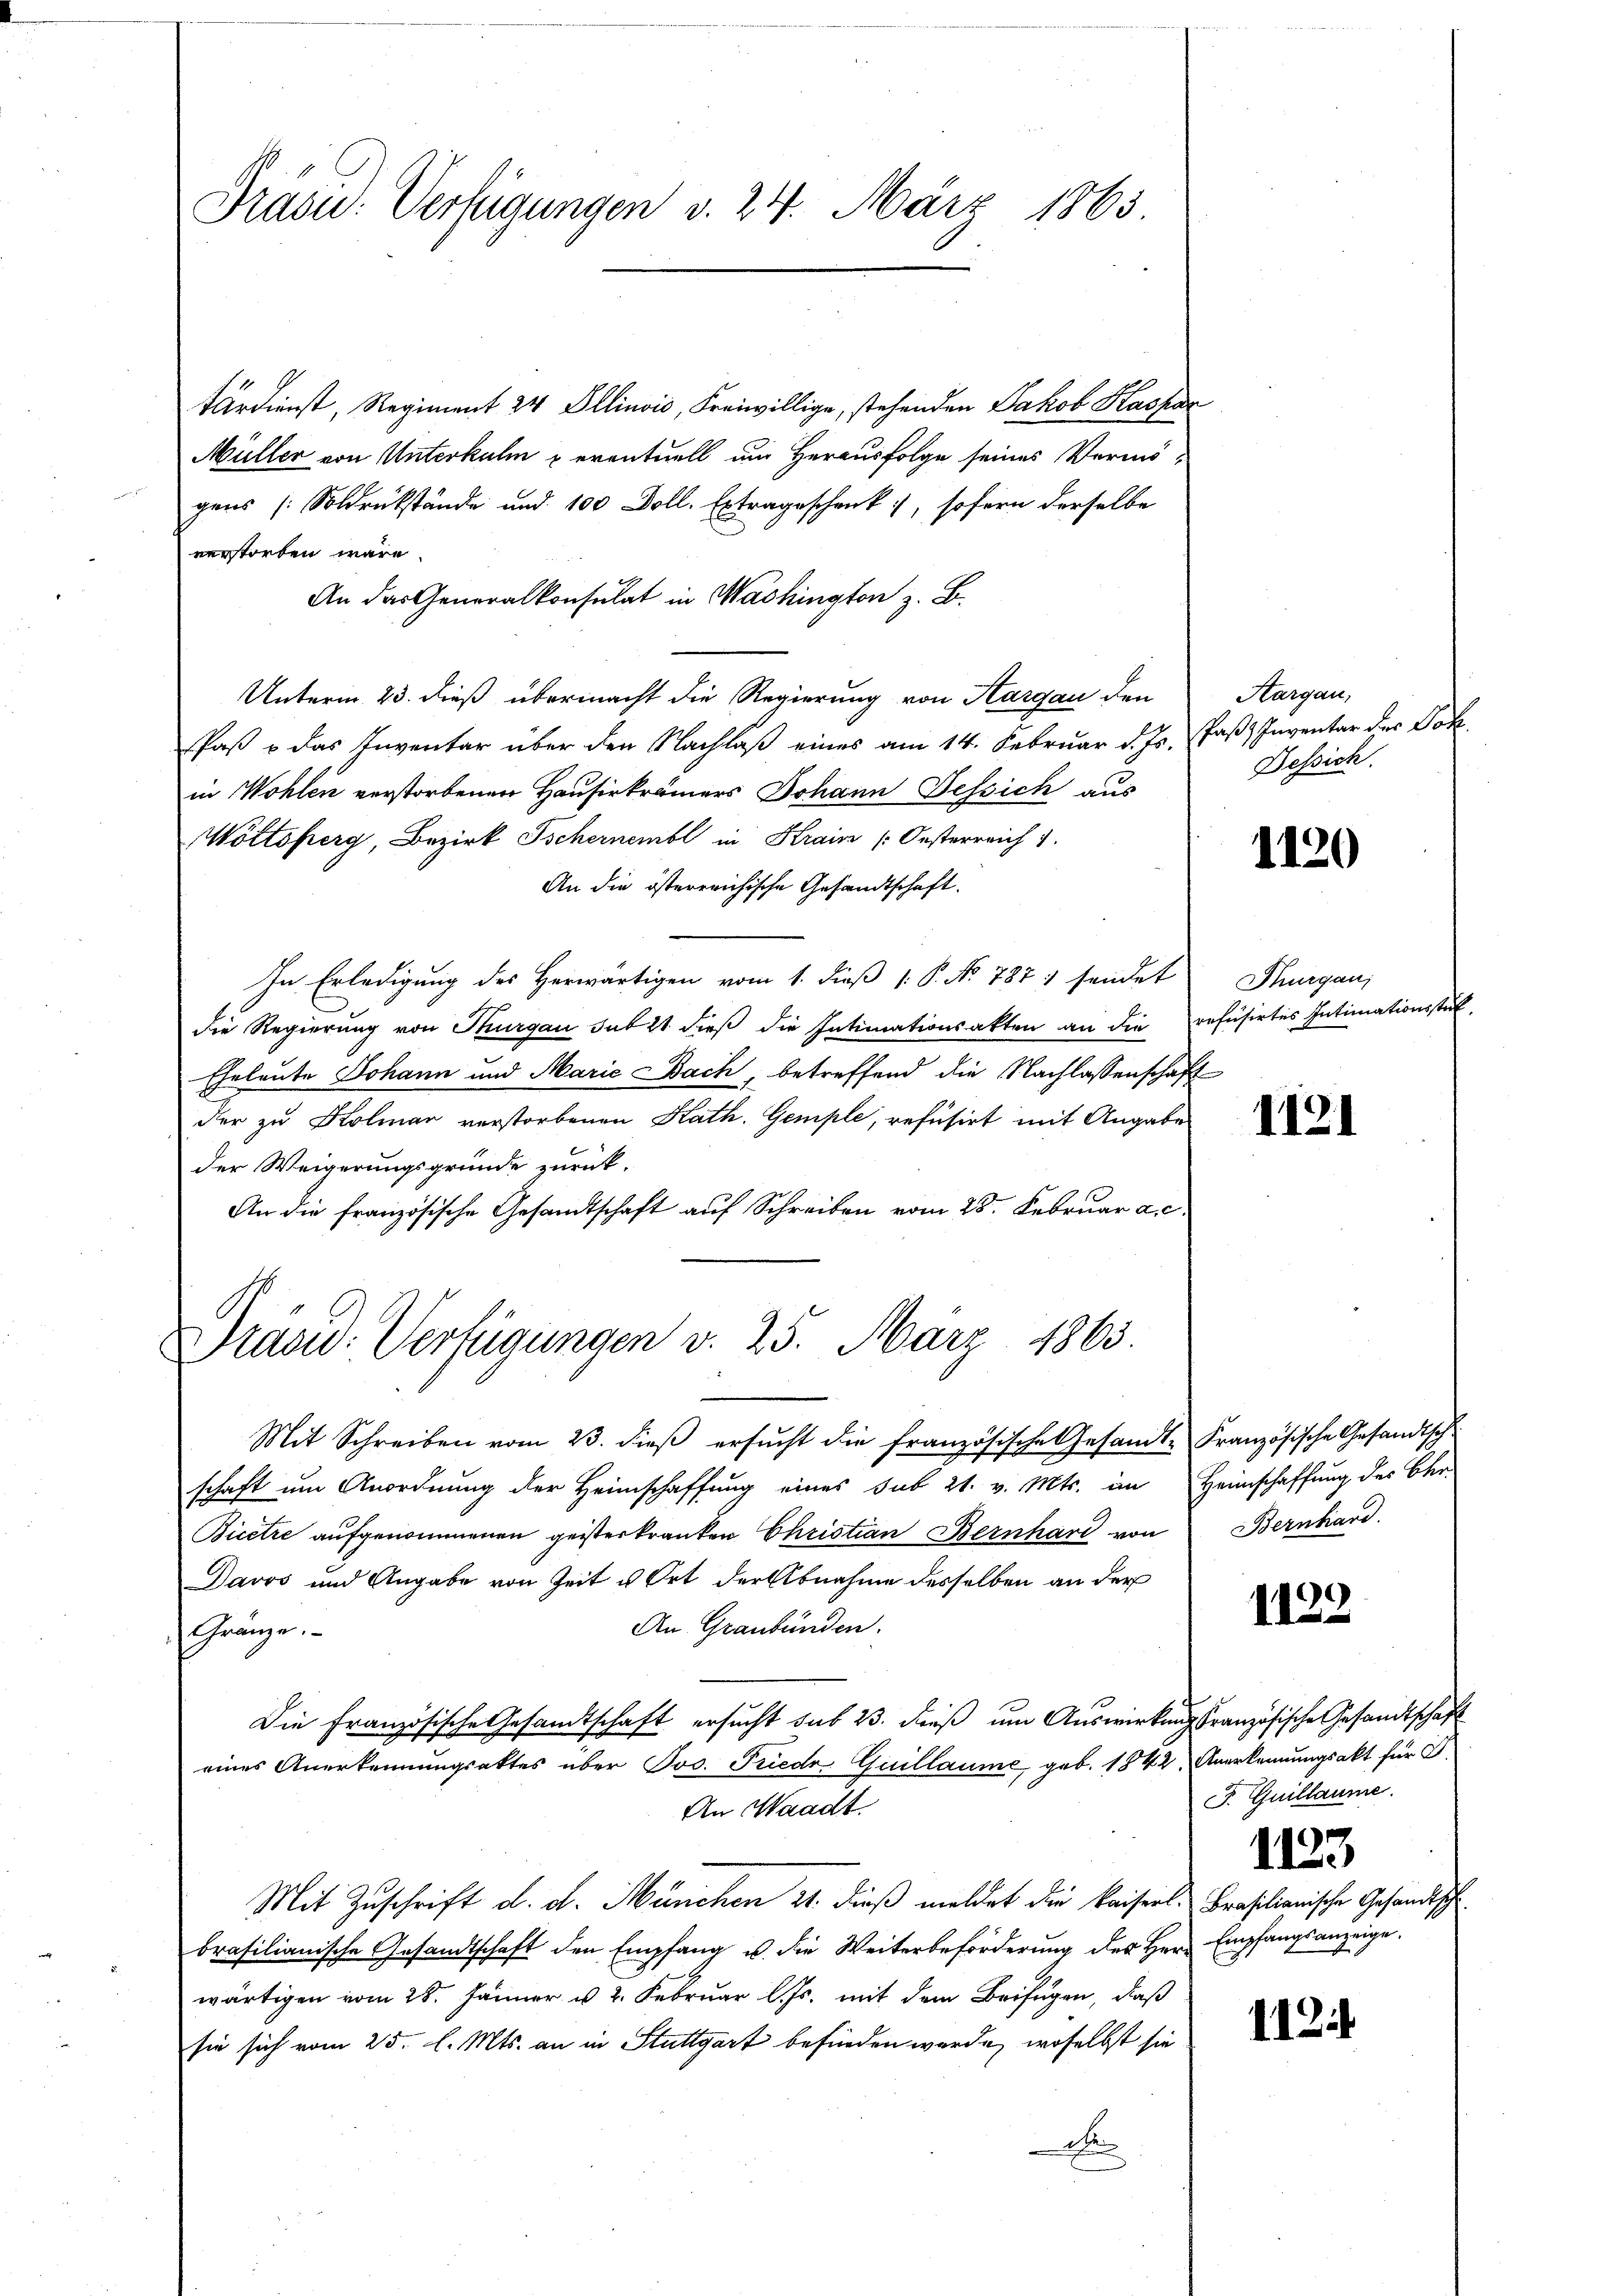
Präsid. Verfügungen d. 24. März 1865.

tärdienst, Regiment 24 Ellinvić, Freiwillige, stehenden Jakob Kaspar
Müller von Unterkulm p eventuell um Herausfolge seines Vermö-
gens (: Soldrükstände und 100 Doll. Extrageschenk, sofern derselbe
verstorben wäre.
An das Generalkonsulat in Washington z. B.
Unterm 23. dieß übermacht die Regierung von Aargau den
Paß & das Inventar über den Nachlaß eines am 14. Februar d. Js. Faß) Inventar des Dokin Wohlen verstorbenen Hauserkrämers Johann Tessich aus
Wöttsperg, Bezirk Tschernembl in Krain /: Oesterreich
An die österreichische Gesandtschaft.
In Erledigung des Herwärtigen vom 1. dieß 1: P. No 787 : sendet
die Regierung von Thurgau sub 2t dieß die Intimationsakten an die refusirtes Intimationsstük
Eheleute Johann und Marie Bach, betreffend die Nachlassenschaft
der zu Kolmar verstorbenen Kath. Gemple, refüsirt mit Angabe
der Weigerungsgründe zurück.
An die französische Gesandtschaft auf Schreiben vom 28. Februar a. c.
Präsid. Verfügungen v. 25. März 1863.
Mit Schreiben vom 23. dieβ ersŭcht die französische Gesandte Französische Gesandtsch
schaft um Anordnung der Heimschaffung eines sub 21. v. Mts. im Heimschaffung des Ober-
Bicêtre aufgenommenen geisterkranken Christian Bernhard von
Davos und Angabe von Zeit u Ort der Abnahme desselben an der
An Graubünden.
Gränze.
Die Französische Gesandtschaft ersucht sub 23. dieß um Auswirkungsranzösische Gesandtschaft
eines Anerkennungsaktes über Jos. Friedr. Guillaume, geb. 1842 Anerkennungsakt für d
An Waadt
Mit Zuschrift d. d. München 27. dieß meldet die Kaiserl.
brasilianische Gesandtschaft den Empfang u. die Weiterbeförderung des Herr
wärtigen vom 28. Jänner u 2. Februar l. Js. mit dem Beifügen, daß
sie sich vom 25. l. Mts. an in Stuttgart befinden werde, woselbst sie
de

Hargau,
Dessich.

1120

Thurgau,

1121

Bernhard.

1122

F. Guillaume
1123
Brasilianische Gesandtsch
Empfangsanzeige.

1124